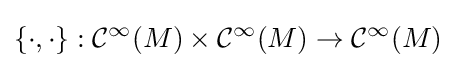
\{\cdot ,\cdot \}:{\mathcal {C}}^{\infty }(M)\times {\mathcal {C}}^{\infty }(M)\to {\mathcal {C}}^{\infty }(M)